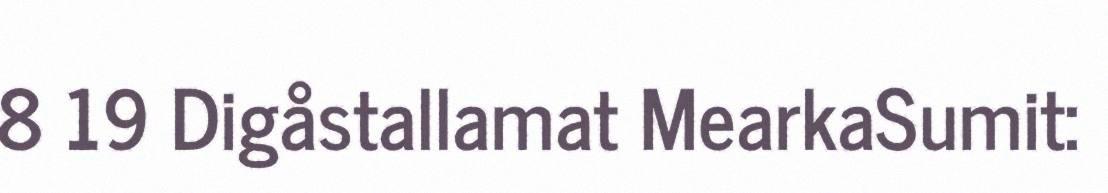
8 19 Digåstallamat MearkaSumit: